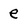
Character: e